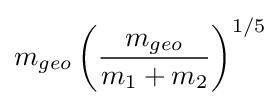
m_{geo}\left({\frac {m_{geo}}{m_{1}+m_{2}}}\right)^{1/5}